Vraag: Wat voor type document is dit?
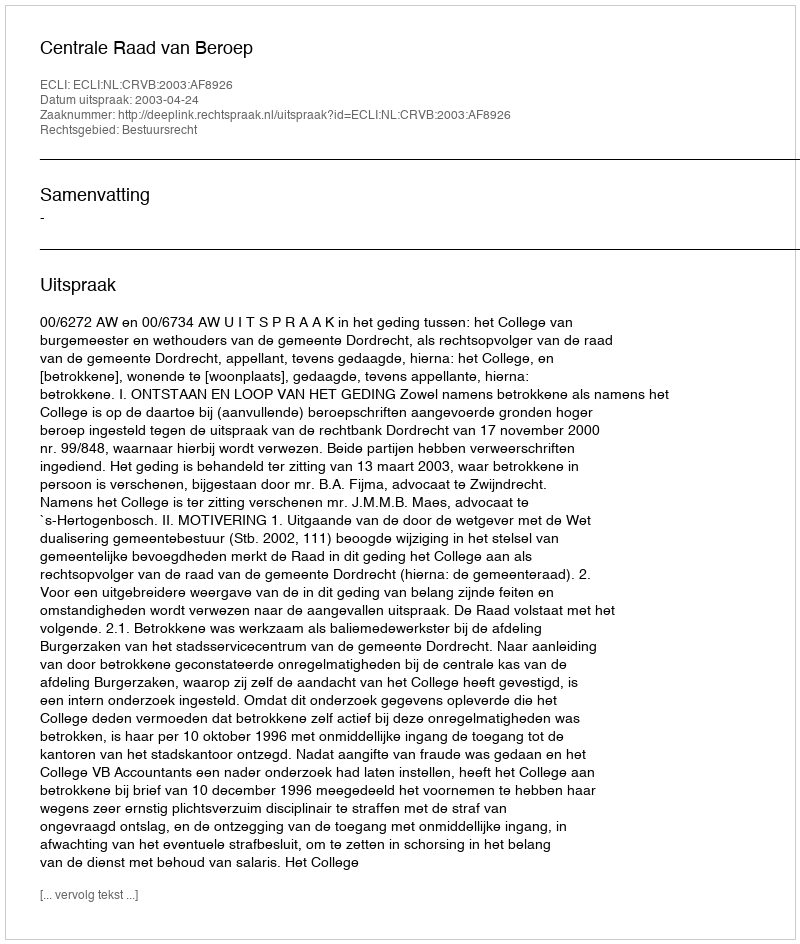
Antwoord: Uitspraak